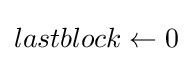
lastblock\leftarrow 0